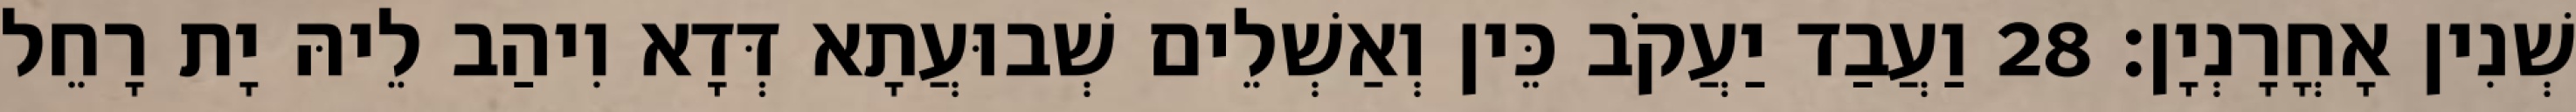
שְׁנִין אָחֳרָנְיָן׃ 28 וַעֲבַד יַעֲקֹב כֵּין וְאַשְׁלֵים שְׁבוּעֲתָא דְּדָא וִיהַב לֵיהּ יָת רָחֵל